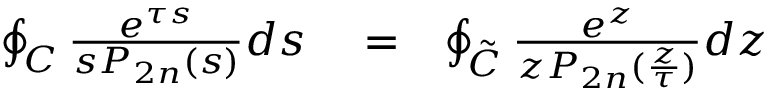
\begin{array} { r l r } { \oint _ { \cal C } \frac { e ^ { \tau s } } { s P _ { 2 n } ( s ) } d s } & { { } = } & { \oint _ { \cal \tilde { C } } \frac { e ^ { z } } { z P _ { 2 n } ( \frac { z } { \tau } ) } d z } \end{array}